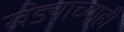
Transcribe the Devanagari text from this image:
खेड्याच्याही